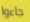
جاءوا